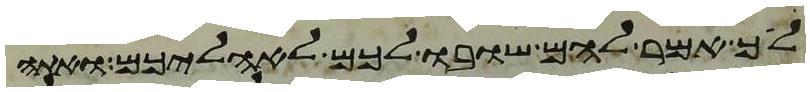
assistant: לך אמר להם שובו לכם לאהליכם ואתה